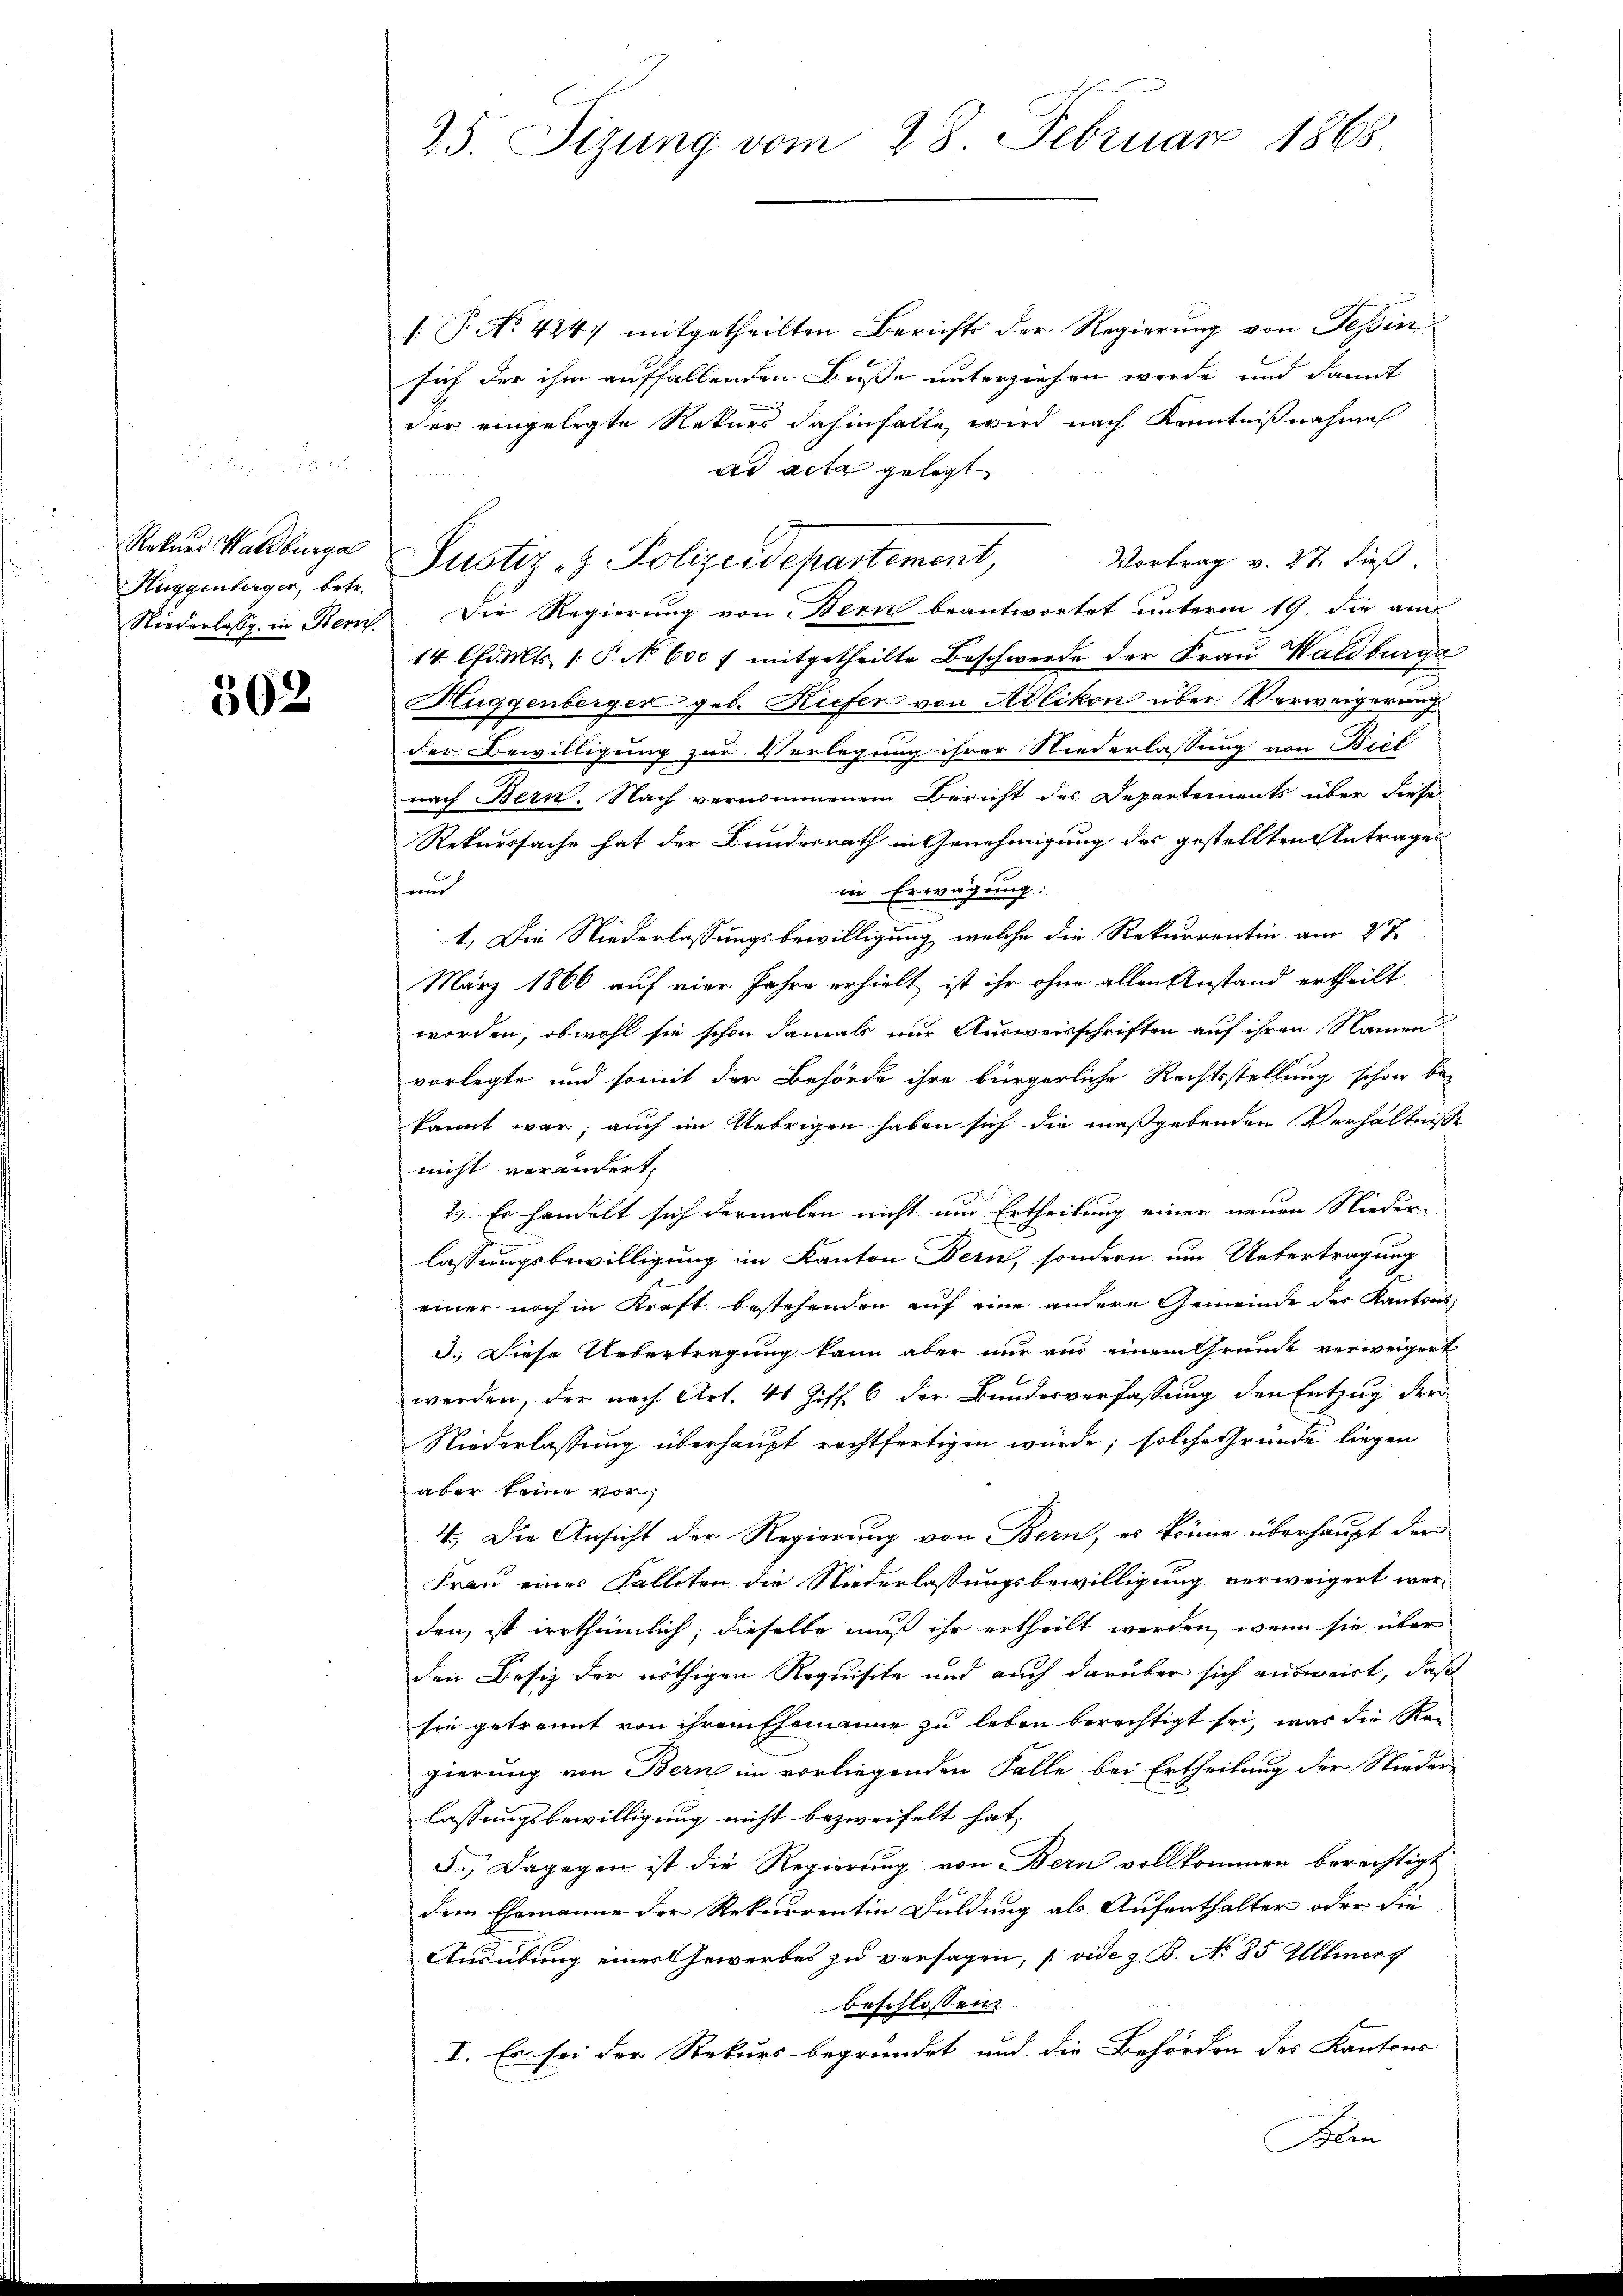
Rekurs Waldburge

502

[ P. No 424) mitgetheilten Berichts der Regierung von Tessin
sich der ihm auffallenden Buße unterziehen werde, und damit
der eingelegte Rekurs dahinfalle, wird nach Kenntnißnahme
ad acta gelegt
Vortrag v. 27. dieß.
Niederlassg in Bern Die Regierung von Bern beantwortet unterm 19. die am
14. d. Mts. [P. N. 600 f mitgetheilte Beschwerde der Frau Waldburge
Huggenberger geb. Kiefen von Adlikon über Verweigerung
der Bewilligung zur Verlegung ihrer Niederlassung von Biel
nach Bern. Nach vernommenem Bericht des Departements über diese
Rekurssache hat der Bundesrath in Genehmigung des gestellten Antrages
und
in Erwägung:
1.) Die Niederlassungsbewilligung, welche die Rekurrentin am 27.
März 1866 auf vier Jahre erhielt ist ihr ohne allen Anstand ertheilt
worden, obwohl sie schon damals nur Ausweisschriften auf ihren Namen
vorlegte und somit der Behörde ihre bürgerliche Rechtsstellung schon be-
kannt war; auch im Uebrigen haben sich die maßgebenden Verhältnisse
nicht verändert,
2. Es handelt sich dermalen nicht um Ertheilung einer neuen Nieder-
lassungsbewilligung im Kanton Bern, sondern um Uebertragung
einer noch in Kraft bestehenden auf eine andere Gemeinde des Kantons
3. Diese Uebertragung kann aber nur aus einem Grunde verweigert
werden, der nach Art. 41 Ziff. 6 der Bundesverfassung den Entzug der
Niederlassung überhaupt rechtfertigen würde; solche Gründe liegen
aber keine vor
4.) Die Ansicht der Regierung von Bern, es könne überhaupt der
Frau eines Falliten die Niederlassungsbewilligung verweigert werden, ist irrthümlich; dieselbe muß ihr ertheilt werden, wenn sie über
den Besiz der nöthigen Requisite und auch darüber sich ausweist, daß
sie getrennt von ihrem Ehemanne zu leben berechtigt sei, was die Regierung von Bern im vorliegenden Falle bei Ertheilung der Nieder-
lassungsbewilligung nicht bezweifelt hat,
5.) Dagegen ist die Regierung von Bern vollkommen berechtigt
dem Ehemanne der Rekurrentin Fuldung als Aufenthalter oder die
Ausübung einer Gewerbes zu versagen, (vide z. B. No 85 Allenz
beschlossen:
I. Es sei der Rekurs begründet und die Behörden des Kantons
Bern

25. Sizung vom 28. Februar 1865

Auggenlager, betr. Pustiz- & Polizeidepartement,